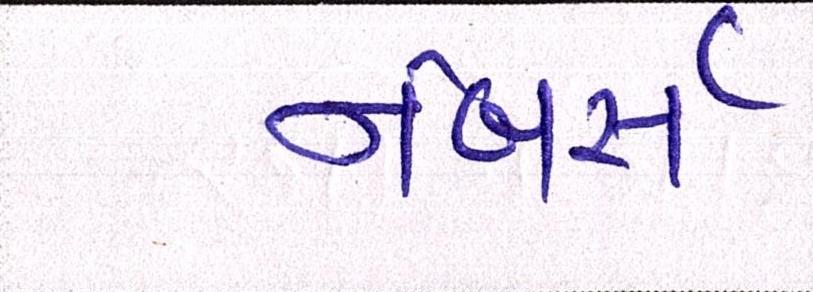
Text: નંબર્સ